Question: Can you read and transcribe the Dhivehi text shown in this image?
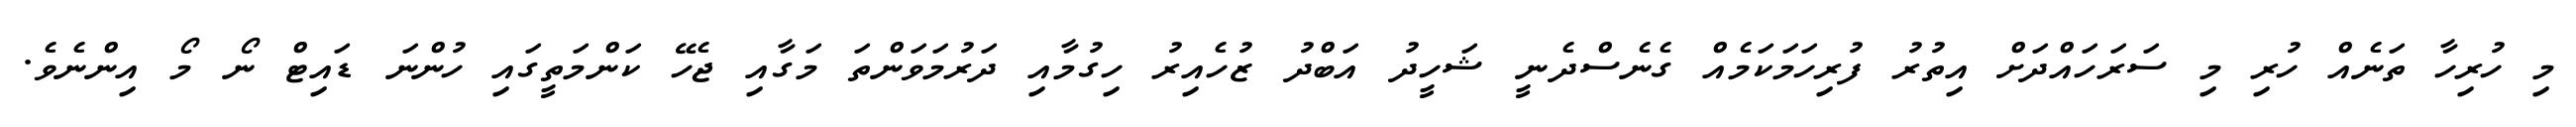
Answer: މި ހުރިހާ ތަނެއް ހުރި މި ސަރަހައްދަށް އިތުރު ފުރިހަމަކަމެއް ގެނެސްދެނީ ޝަހީދު އަބްދު ޒުހެއިރު ހިގުމާއި ދަރުމަވަންތަ މަގާއި ޖެހޭ ކަންމަތީގައި ހުންނަ ޑައިޓް ނޯ މޯ އިންނެވެ.